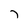
Character: 7